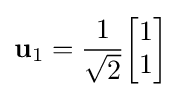
\mathbf {u} _{1}={\frac {1}{\sqrt {2}}}{\begin{bmatrix}1\\1\end{bmatrix}}